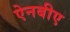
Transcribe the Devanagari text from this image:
ऐनबीए